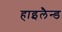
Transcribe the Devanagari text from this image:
हाइलैन्ड